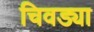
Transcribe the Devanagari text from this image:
चिवड्या